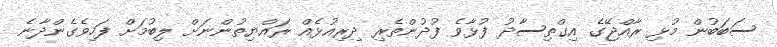
ސަބަބުން މުޅި ރާއްޖޭގެ އިގްތިސާދު ފުޅާވެ ފުުދުންތެރި ދިރިއުޅެއް ރައްޔިތުންނަށް ލިބުމަށް ފަހިވެގެންދާނެ